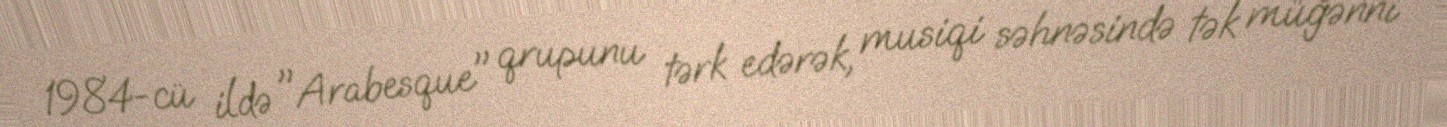
1984-cü ildə "Arabesque" qrupunu tərk edərək, musiqi səhnəsində tək müğənni